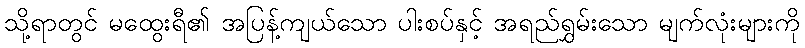
သို့ရာတွင် မထွေးရီ၏ အပြန့်ကျယ်သော ပါးစပ်နှင့် အရည်ရွှမ်းသော မျက်လုံးများကို